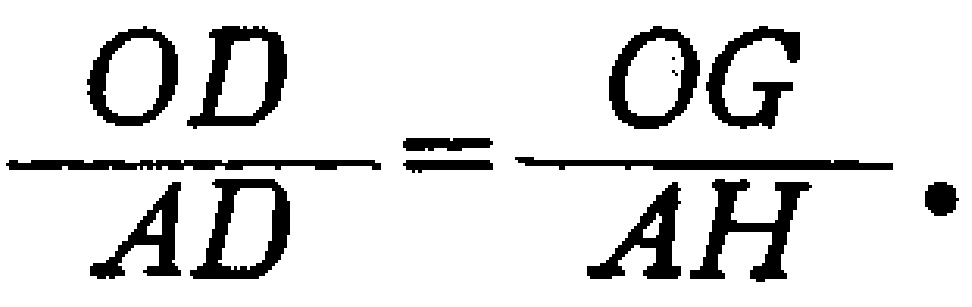
\(\frac{OD}{AD}=\frac{OG}{AH}.\)